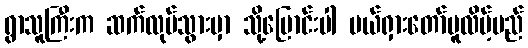
ရွာသူကြီးက ဆက်လုပ်သွားမှာ သို့ပြောင်းပါ ပယ်ရှားတော်မူလိမ့်မည်